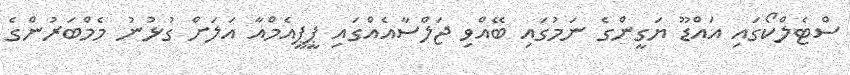
ސްޓެލްކޯގައި އައްޑޫ ޔަގީންގެ ނަމުގައި ބޭއްވި ޖަލްސާއެއްގައި ޕީޕީއެމްއާ އަލަށް ގުޅުނު މެމްބަރުންގެ